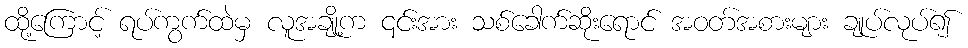
ထို့ကြောင့် ရပ်ကွက်ထဲမှ လူအချို့က ၎င်းအား သစ်ခေါက်ဆိုးရောင် အဝတ်အစားများ ချုပ်လုပ်၍